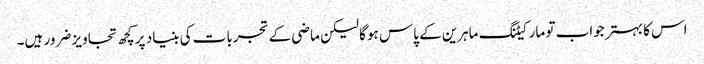
اس کا بہتر جواب تو مارکیٹنگ ماہرین کے پاس ہوگا لیکن ماضی کے تجربات کی بنیاد پر کچھ تجاویز ضرور ہیں۔